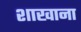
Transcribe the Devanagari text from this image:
शाखाना